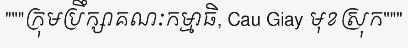
"""ក្រុមប្រឹក្សាគណៈកម្មាធិ, Cau Giay មុខស្រុក"""